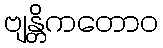
ဗျန္တိကတောဝ